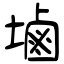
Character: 塷